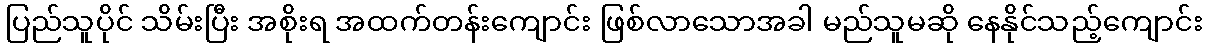
ပြည်သူပိုင် သိမ်းပြီး အစိုးရ အထက်တန်းကျောင်း ဖြစ်လာသောအခါ မည်သူမဆို နေနိုင်သည့်ကျောင်း